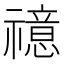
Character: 𥜇